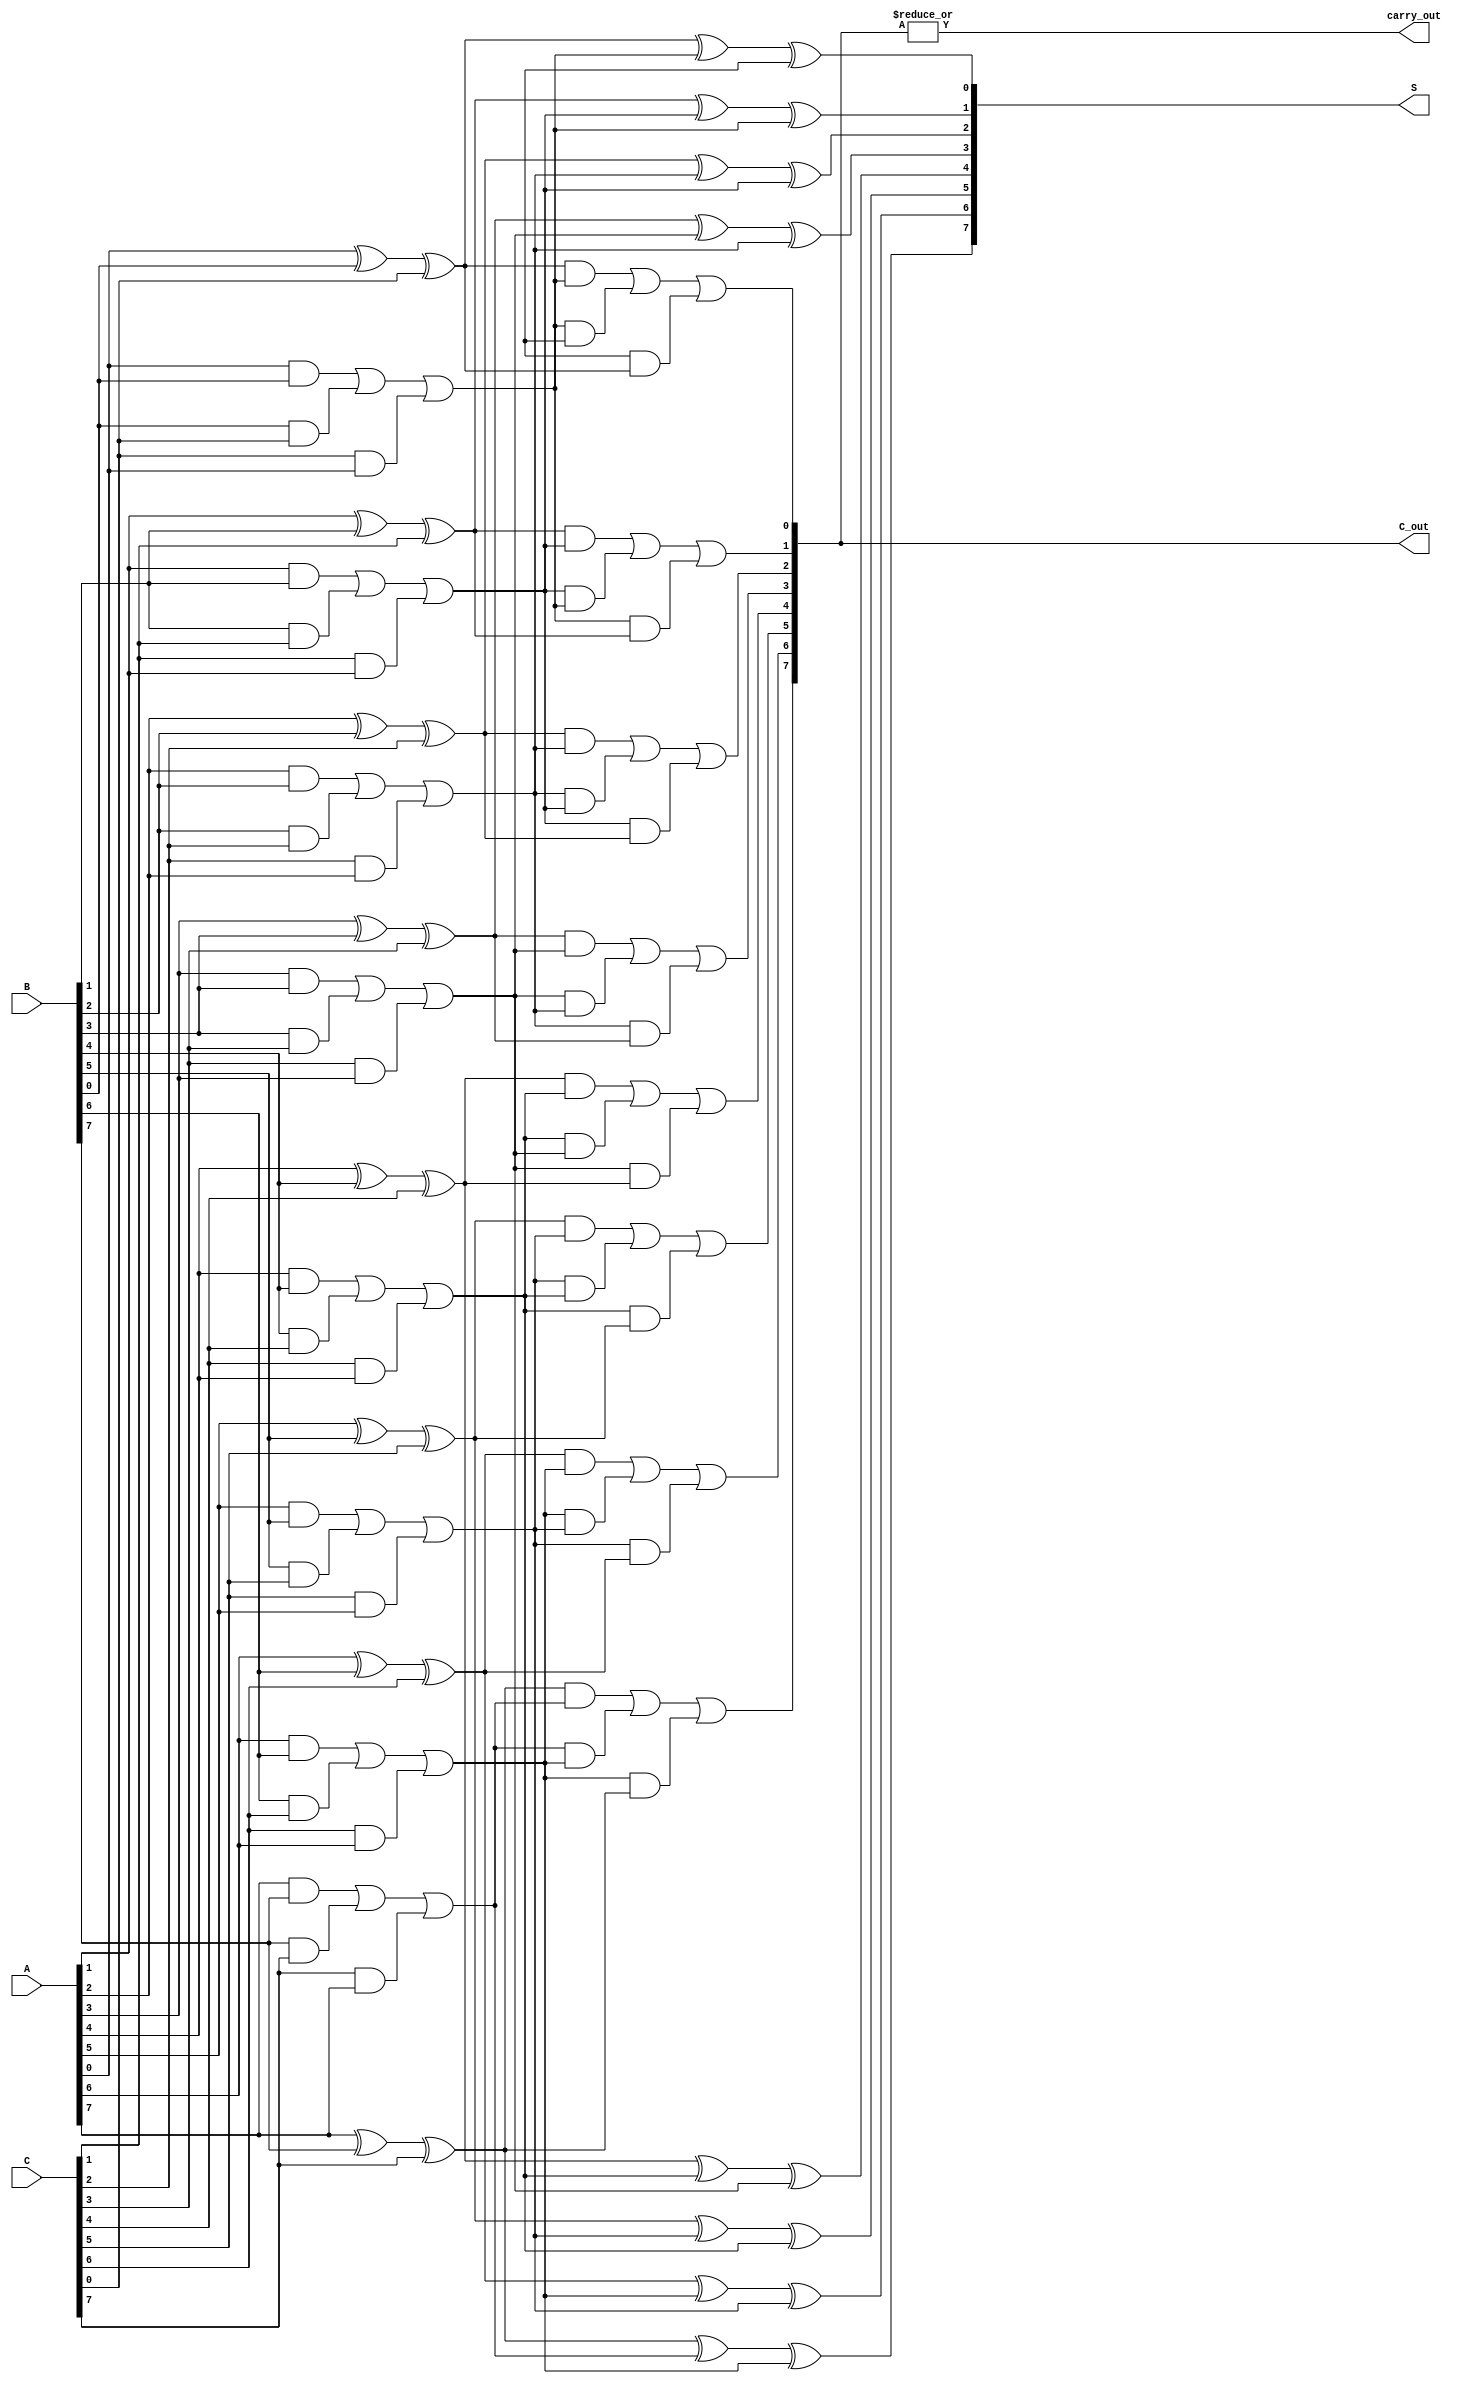
module carry_save_adder #(parameter N = 8) (
    input  wire [N-1:0] A,      // First operand
    input  wire [N-1:0] B,      // Second operand
    input  wire [N-1:0] C,      // Third operand
    output wire [N-1:0] S,      // Final sum output
    output wire [N-1:0] C_out,   // Final carry output
    output wire carry_out        // Carry out flag
);

    wire [N-1:0] S1, S2;       // Intermediate sums
    wire [N-1:0] C1, C2;       // Intermediate carries
    wire [N-1:0] final_sum;    // Sum from final adder
    wire [N-1:0] final_carry;  // Carry from final adder

    // Generate the first stage of full adders
    genvar i;
    generate
        for (i = 0; i < N; i = i + 1) begin : full_adders_stage1
            wire a = (i < N) ? A[i] : 1'b0;
            wire b = (i < N) ? B[i] : 1'b0;
            wire c = (i < N) ? C[i] : 1'b0;
            assign S1[i] = a ^ b ^ c;      // Sum
            assign C1[i] = (a & b) | (b & c) | (c & a); // Carry
        end
    endgenerate

    // Generate the second stage of full adders using the sum and carry outputs from the first stage
    generate
        for (i = 0; i < N; i = i + 1) begin : full_adders_stage2
            wire s = (i < N) ? S1[i] : 1'b0;
            wire c1 = (i < N) ? C1[i] : 1'b0;
            wire c2 = (i < N) ? C1[i-1] : 1'b0; // Previous carry for proper indexing
            assign S2[i] = s ^ c1 ^ c2;      // Second stage sum
            assign C2[i] = (s & c1) | (c1 & c2) | (c2 & s); // Second stage carry
        end
    endgenerate

    // Final carry and sum computation
    assign final_sum = S2; // Take the output from the last stage sum
    assign final_carry = C2; // Take the output from the last stage carry

    // Compute the final outputs
    assign S = final_sum;
    assign C_out = final_carry;
    assign carry_out = |final_carry; // Set carry out if there's any carry

endmodule